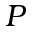
P